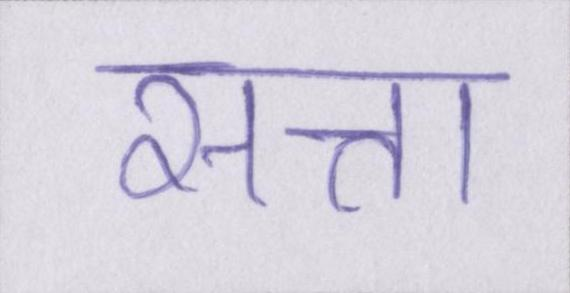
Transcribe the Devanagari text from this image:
सत्ता